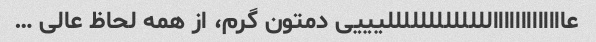
عااااااااااااالللللللللللللیییی دمتون گرم، از همه لحاظ عالی …